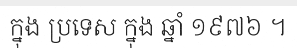
ក្នុង ប្រទេស ក្នុង ឆ្នាំ ១៩៧៦ ។